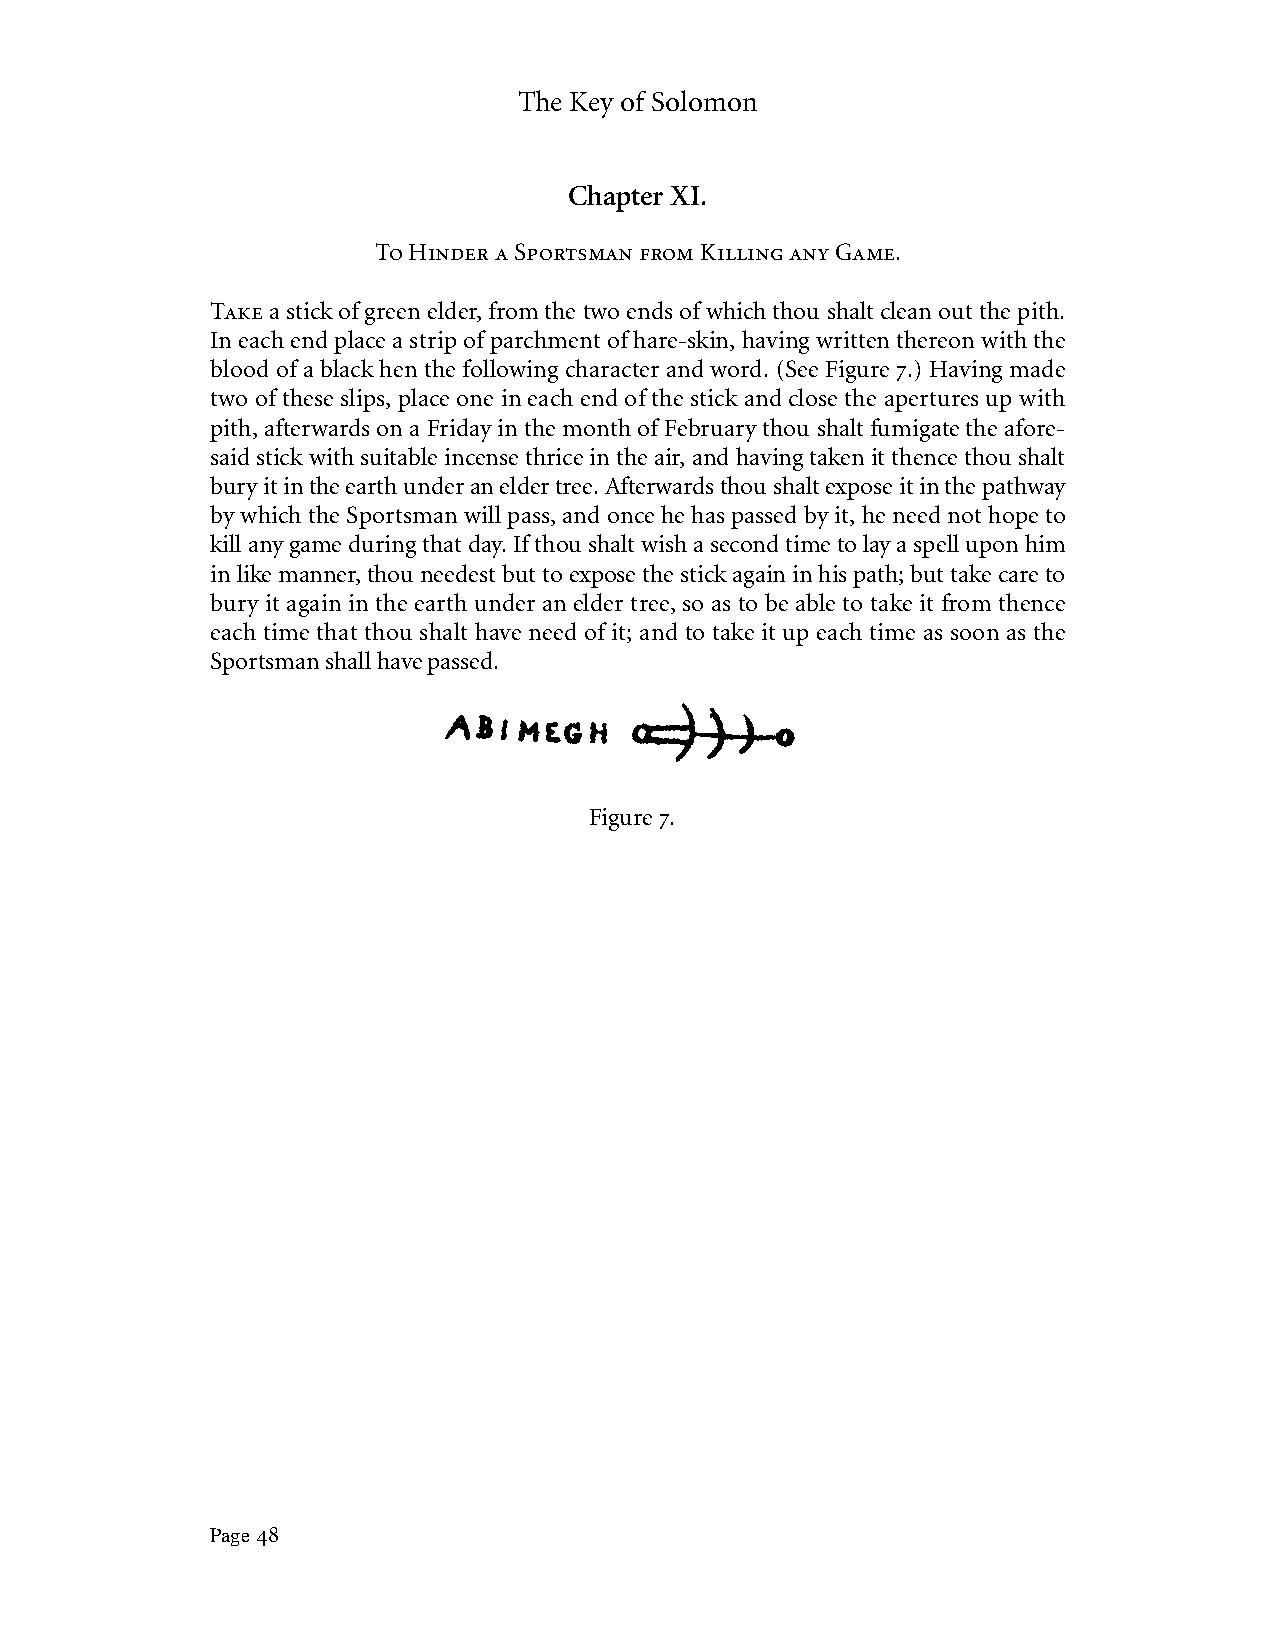
The Key of Solomon
 Chapter XI.
 To Hinder a Sportsman from Killing any Game.
 Take a stick of green elder, from the two ends of which thou shalt clean out the pith.
 In each end place a strip of parchment of hare-skin, having written thereon with the
 blood of a black hen the following character and word. (See Figure 7.) Having made
 two of these slips, place one in each end of the stick and close the apertures up with
 pith, afterwards on a Friday in the month of February thou shalt fumigate the afore-
 said stick with suitable incense thrice in the air, and having taken it thence thou shalt
 bury it in the earth under an elder tree. Afterwards thou shalt expose it in the pathway
 by which the Sportsman will pass, and once he has passed by it, he need not hope to
 kill any game during that day. If thou shalt wish a second time to lay a spell upon him
 in like manner, thou needest but to expose the stick again in his path; but take care to
 bury it again in the earth under an elder tree, so as to be able to take it from thence
 each time that thou shalt have need of it; and to take it up each time as soon as the
 Sportsman shall have passed.
 Figure 7.
 Page 48